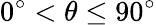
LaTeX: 0^{\circ}<\theta\leq 90^{\circ}